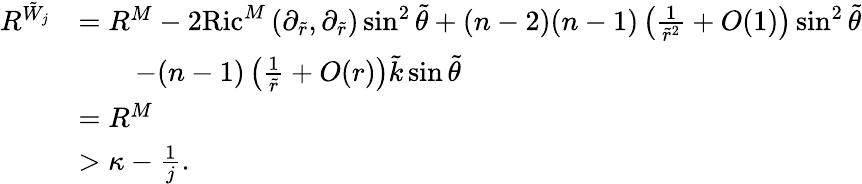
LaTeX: \begin{array}{rl}{R^{{\tilde{W}_{j}}}}&{=R^{M}-2\mathrm{Ric}^{M}\left(\partial_{\tilde{r}},\partial_{\tilde{r}}\right)\sin^{2}\tilde{\theta}+(n-2)(n-1)\left(\frac{1}{\tilde{r}^{2}}+O(1)\right)\sin^{2}\tilde{\theta}}\\ &{\quad\quad-(n-1)\left(\frac{1}{\tilde{r}}+O(r)\right)\tilde{k}\sin\tilde{\theta}}\\ &{=R^{M}}\\ &{>\kappa-\frac{1}{j}.}\end{array}